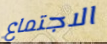
الاجتماع